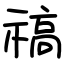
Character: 禞